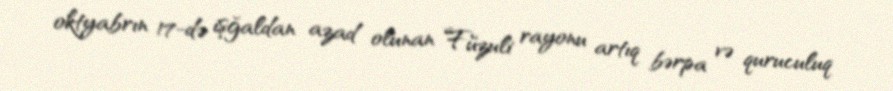
oktyabrın 17-də işğaldan azad olunan Füzuli rayonu artıq bərpa və quruculuq